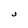
Character: J